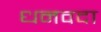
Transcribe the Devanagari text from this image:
धनवदा